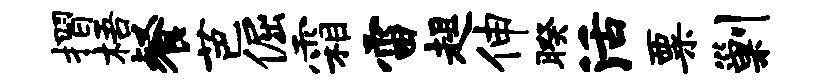
摺梧餐芭倔霜雷趄伸暌活粟剿